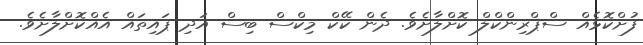
ފުށްކޮޅެއް ސްޕްރިންކްލް ކޮށްލާށެވެ. ދެން ކޭކް މިކްސް ބިސް އަދި ޕައިތައް އެއްކޮށްލާށެވެ.